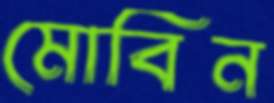
মোবিন